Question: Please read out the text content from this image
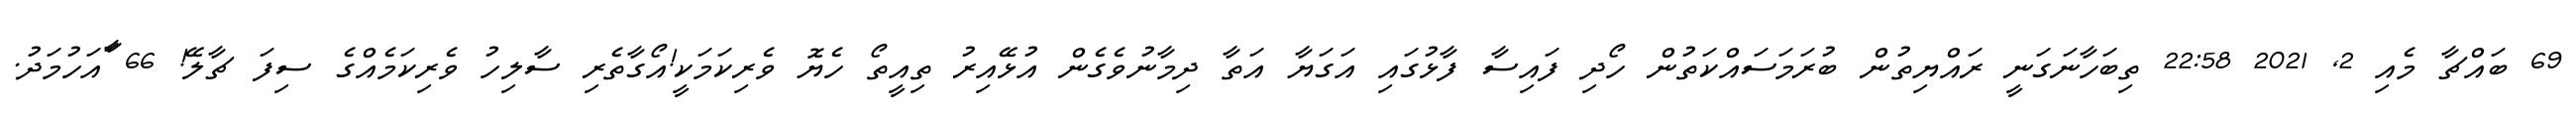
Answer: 69 ބައްޗާ މެއި 2, 2021 22:58 ތިބަހާނަގަނީ ރައްޔިތުން ބުރަމަސައްކަތުން ހޯދި ފައިސާ ފާޅުގައި އަގަޔާ އަތާ ދިމާނުވެގެން އުޅޭއިރު ތިއީތޯ ހެޔޮ ވެރިކަމަކީ!އޯގާތެރި ސާލިހު ވެރިކަމެއްގެ ސިފަ ޗާލޭ! 66 ާައަހުމަދު.